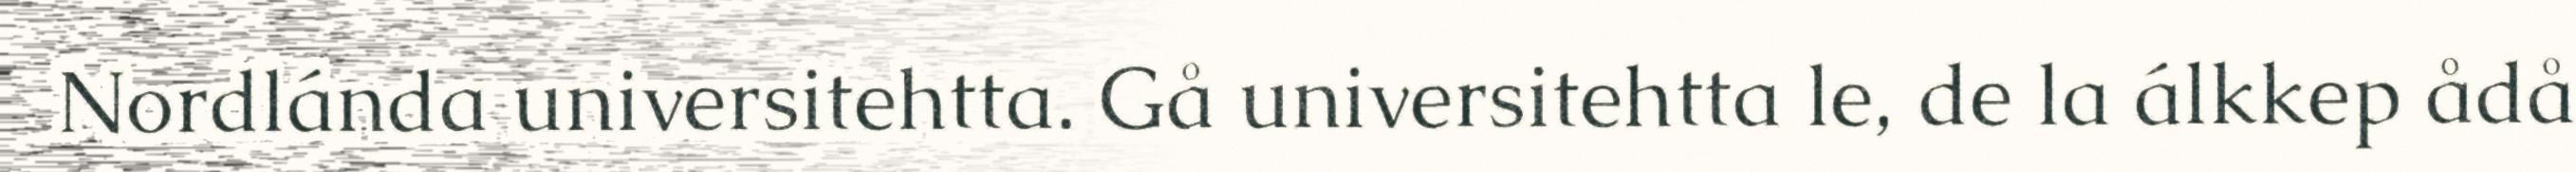
Nordlánda universitehtta. Gå universitehtta le, de la álkkep ådå